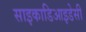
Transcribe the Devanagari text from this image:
साइकाडिआइडेसी